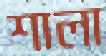
শালা